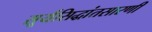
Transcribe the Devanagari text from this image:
सूर्यसिद्धांतसारणी